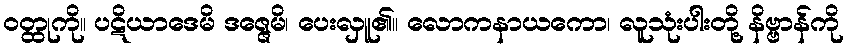
ဝတ္ထုကို။ ပဋိယာဒေမိ ဒဇ္ဇေမိ၊ ပေးလှူ၏။ လောကနာယကော၊ လူသုံးပါးတို့ နိဗ္ဗာန်ကို